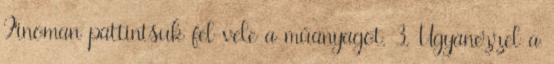
Finoman pattintsuk fel vele a műanyagot. 3. Ugyanezzel a